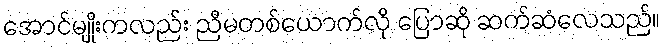
အောင်မျိုးကလည်း ညီမတစ်ယောက်လို ပြောဆို ဆက်ဆံလေသည်။